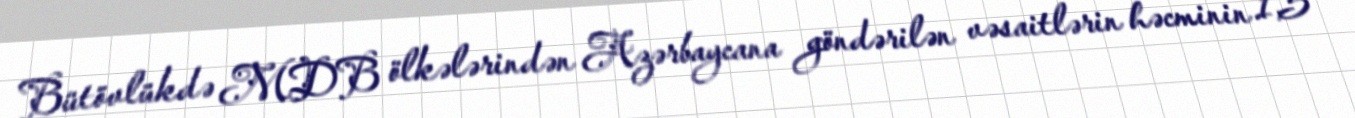
Bütövlükdə MDB ölkələrindən Azərbaycana göndərilən vəsaitlərin həcminin 1,5